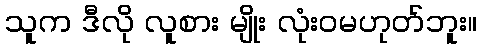
သူက ဒီလို လူစား မျိုး လုံးဝမဟုတ်ဘူး။